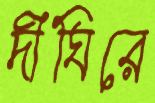
দীঘিরে